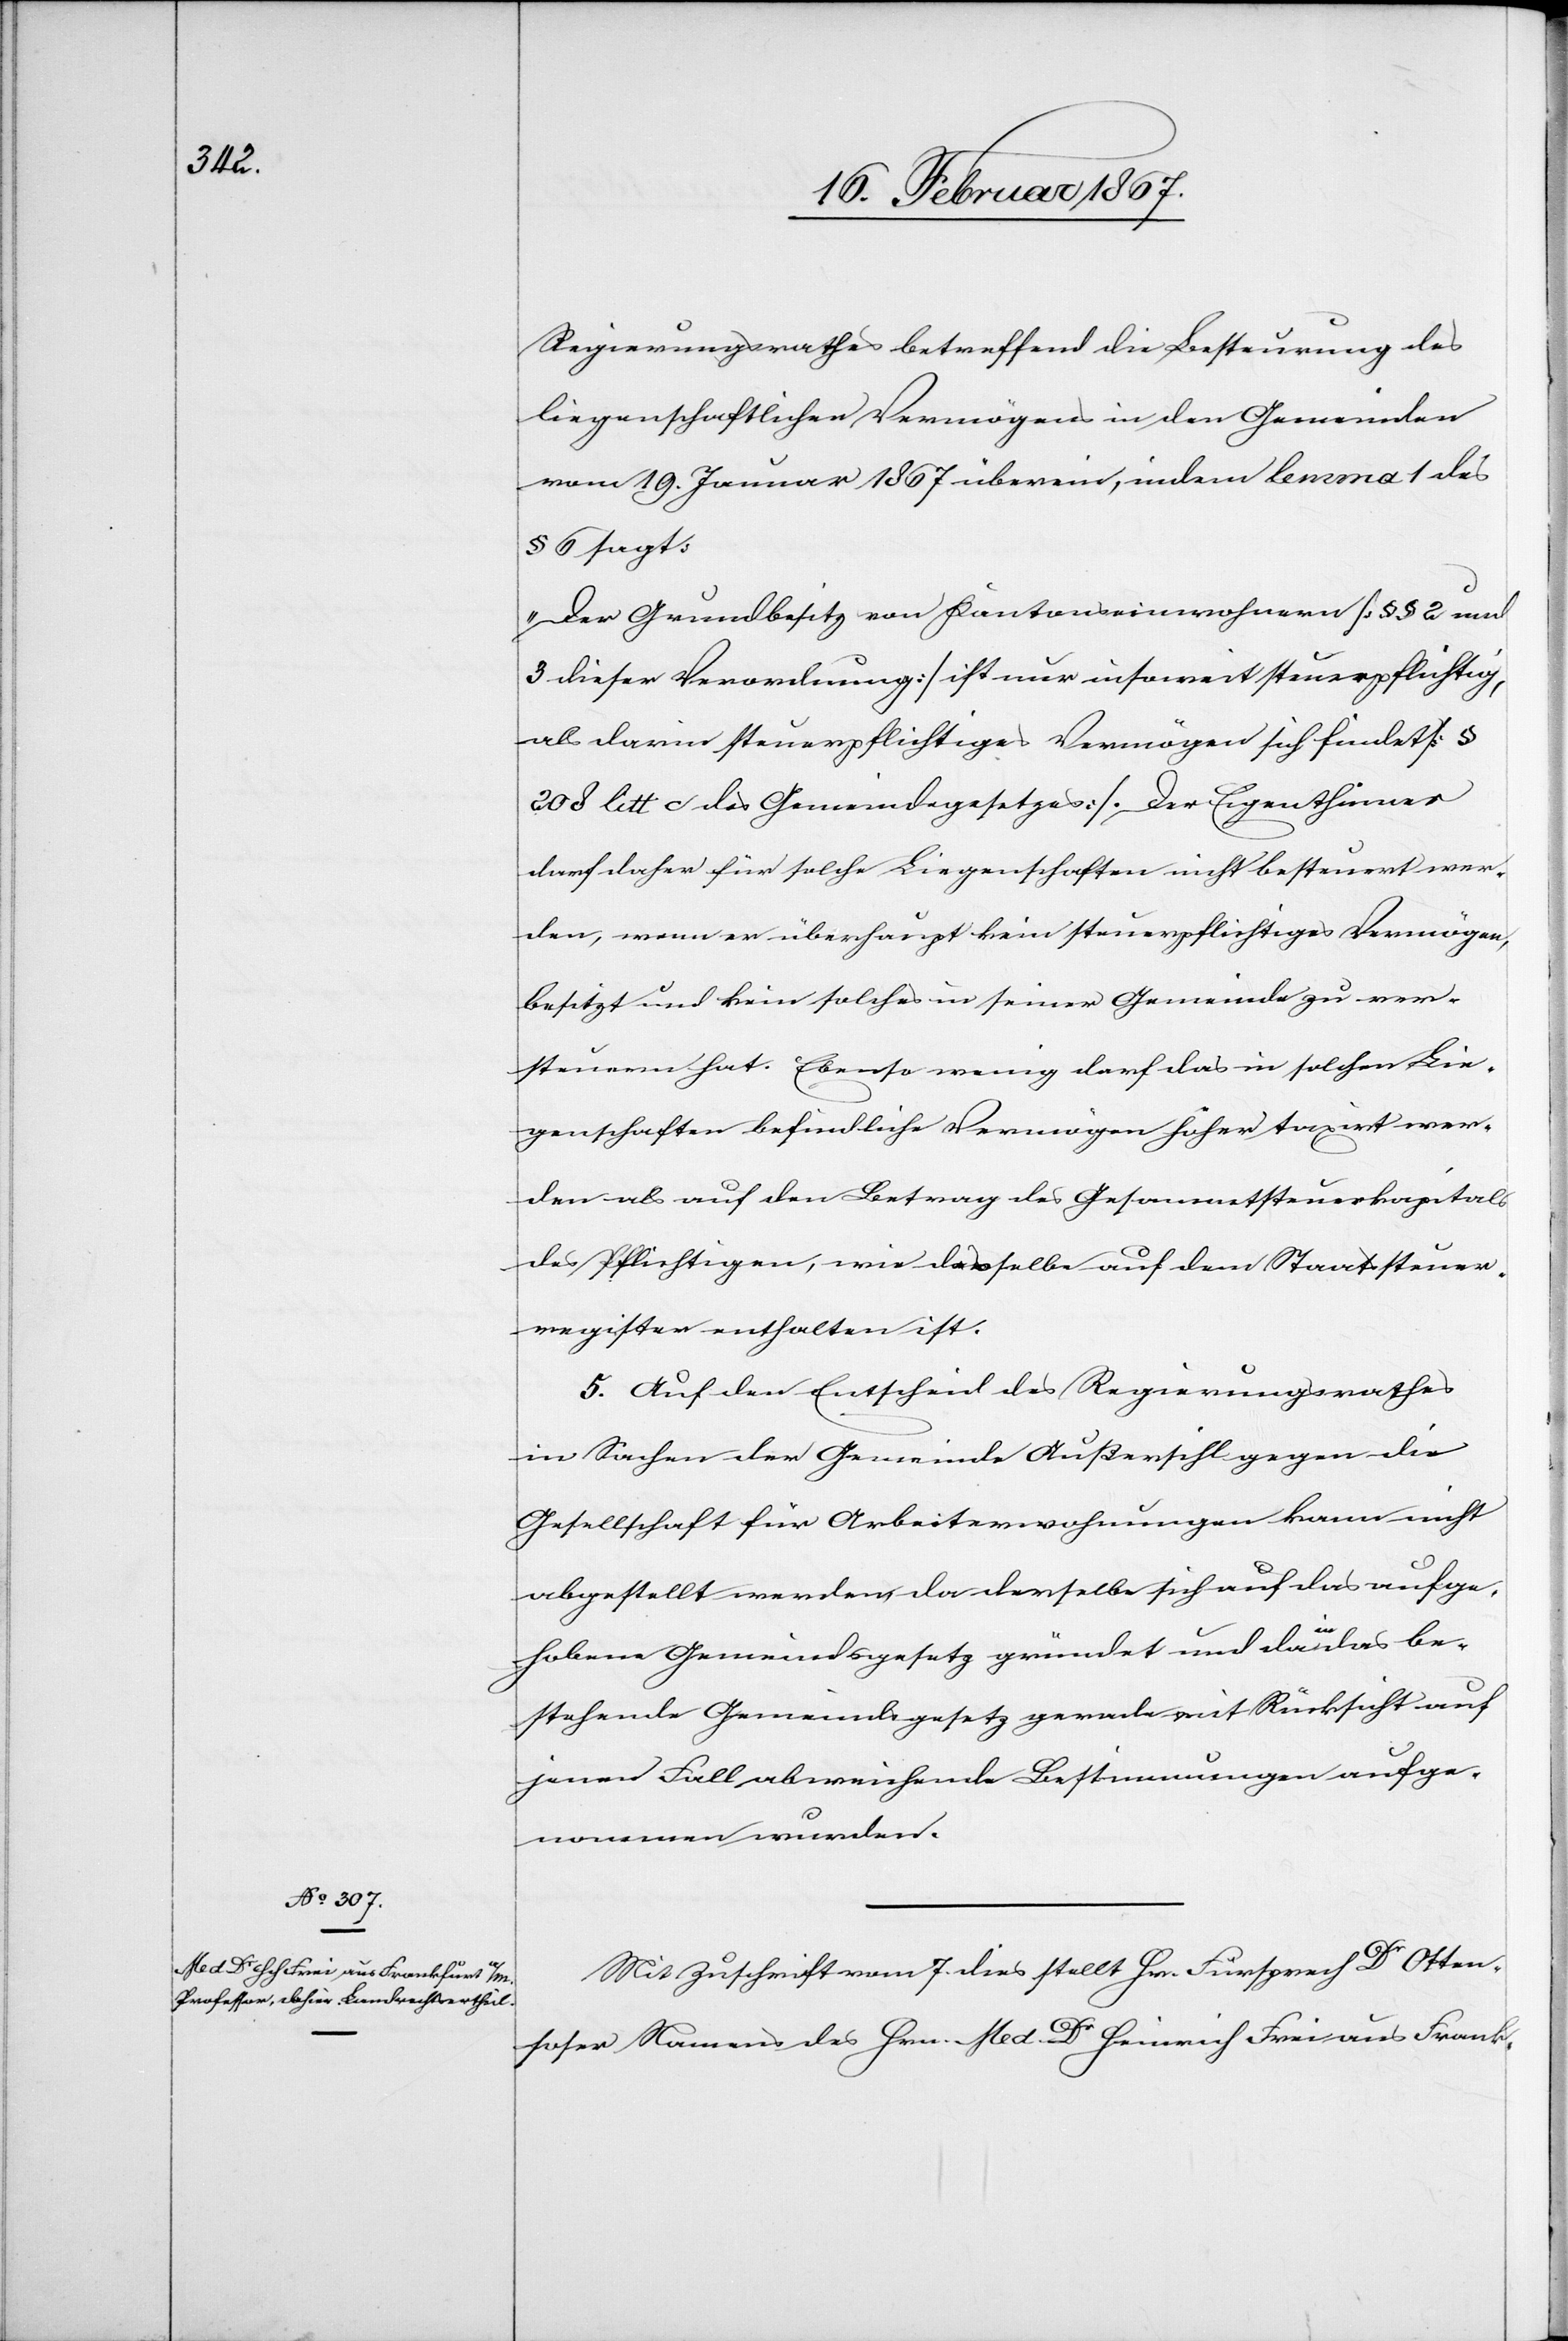
Regierungsrathes betreffend die Besteuerung des
liegenschaftlichen Vermögens in den Gemeinden
vom 19. Januar 1867 überein, indem lemma 1 des
§ 6 sagt:
„Der Grundbesitz von Kantonseinwohnern [§§ 2 und
3 dieser Verordnung] ist nur insoweit steuerpflichtig,
als darin steuerpflichtiges Vermögen sich findet [§
208 litt c des Gemeindegesetzes].[“] Der Eigenthümer
darf daher für solche Liegenschaften nicht besteuert wer¬
den, wenn er überhaupt kein steuerpflichtiges Vermögen,
besitzt und kein solches in seiner Gemeinde zu ver¬
steuern hat. Ebenso wenig darf das in solchen Lie¬
genschaften befindliche Vermögen höher taxirt wer¬
den als auf den Betrag des Gesammtsteuerkapitals
des Pflichtigen, wie dasselbe auf dem Staatssteuer¬
register enthalten ist.
5. Auf den Entscheid des Regierungsrathes
in Sachen der Gemeinde Außersihl gegen die
Gesellschaft für Arbeiterwohnungen kann nicht
abgestellt werden, da derselbe sich auf das aufge¬
hobene Gemeindsgesetz gründet und da in das be¬
stehende Gemeindsgesetz gerade mit Rücksicht auf
jenen Fall abweichende Bestimmungen aufge¬
nommen wurden.
Mit Zuschrift vom 7. dies stellt Hr. Fürsprech Dr Otten¬
soser Namens des Hrn. Med. Dr Heinrich Frei aus Frank-